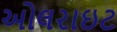
ઓલરાઇટ